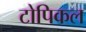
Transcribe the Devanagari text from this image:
टोपिकल